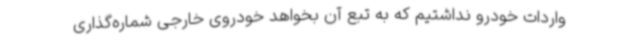
واردات خودرو نداشتیم که به تبع آن بخواهد خودروی خارجی شماره‌گذاری